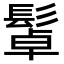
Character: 𩭟